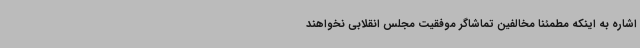
اشاره به اینکه مطمئنا مخالفین تماشاگر موفقیت مجلس انقلابی نخواهند